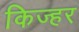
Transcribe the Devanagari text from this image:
किज्हर